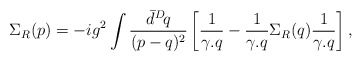
\begin{align*}\Sigma_R(p)=-ig^2\int\frac{\bar{d}^D\!q}{(p-q)^2}\left[ \frac{1}{\gamma.q}- \frac{1}{\gamma.q}\Sigma_R(q)\frac{1}{\gamma.q} \right],\end{align*}